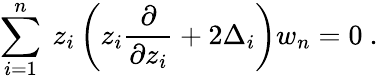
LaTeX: \sum_{i=1}^{n}\ z_{i}\left(z_{i}{\frac{\partial}{\partial z_{i}}}+2\Delta_{i}\right)w_{n}=0\ .